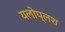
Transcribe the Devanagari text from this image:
यलोप्लश